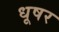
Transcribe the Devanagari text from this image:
धूषर